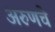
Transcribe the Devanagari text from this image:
अरुणचे